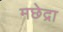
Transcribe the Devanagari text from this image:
मछेद्रा